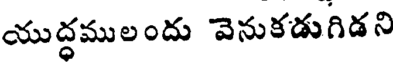
యుద్ధములందు వెనుకడుగిడని